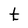
Character: t